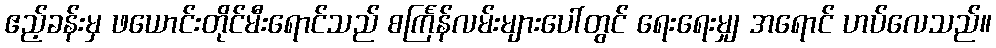
ဧည့်ခန်းမှ ဖယောင်းတိုင်မီးရောင်သည် စင်္ကြန်လမ်းများပေါ်တွင် ရေးရေးမျှ အရောင် ဟပ်လေသည်။